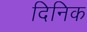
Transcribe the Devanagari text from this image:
दिनिक